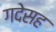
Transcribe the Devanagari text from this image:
गदेसह